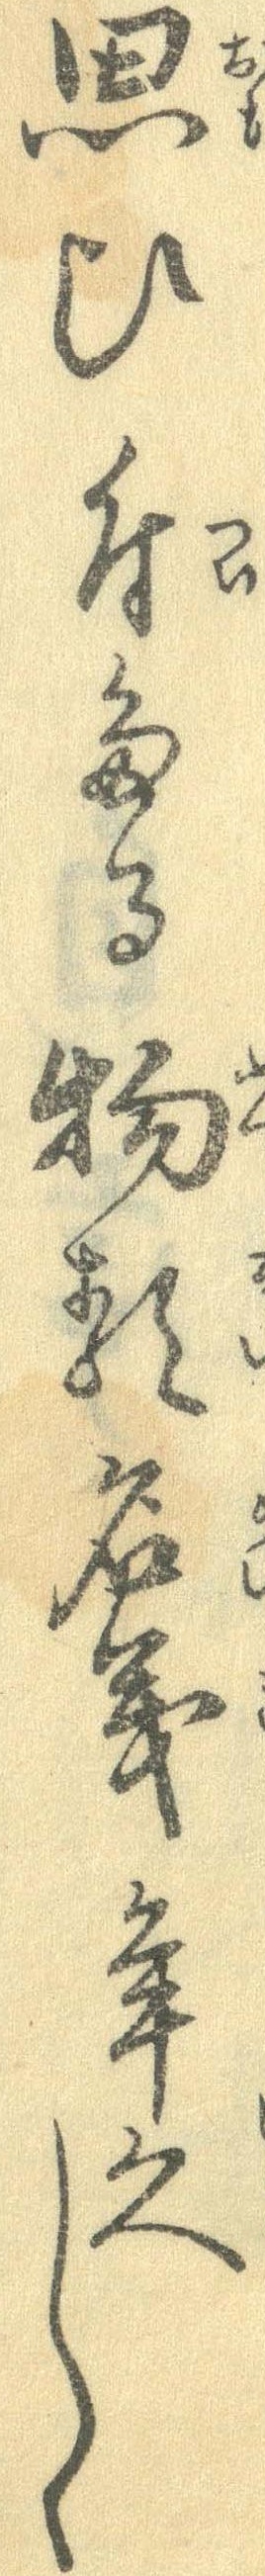
思ひ付たる物類名義年久しく